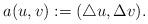
LaTeX: \begin{align*}a(u, v):= (\triangle u, \Delta v).\end{align*}